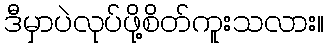
ဒီမှာပဲလုပ်ဖို့စိတ်ကူးသလား။